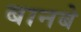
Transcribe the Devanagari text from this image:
बानबे